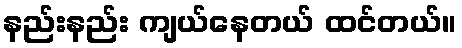
နည်းနည်း ကျယ်နေတယ် ထင်တယ်။